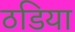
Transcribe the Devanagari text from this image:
ठडिया